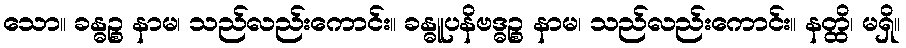
သော။ ခန္ဓဉ္စ နာမ၊ သည်လည်းကောင်း။ ခန္ဓူပနိဗဒ္ဓဉ္စ နာမ၊ သည်လည်းကောင်း။ နတ္ထိ၊ မရှိ။